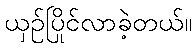
ယှဉ်ပြိုင်လာခဲ့တယ်။